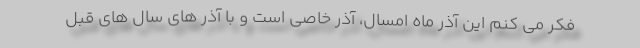
فکر می کنم این آذر ماه امسال، آذر خاصی است و با آذر های سال های قبل